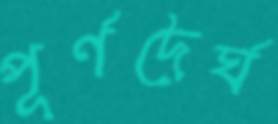
পূর্ণদৈর্ঘ